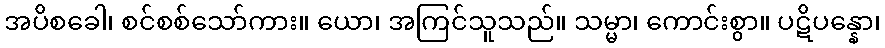
အပိစခေါ၊ စင်စစ်သော်ကား။ ယော၊ အကြင်သူသည်။ သမ္မာ၊ ကောင်းစွာ။ ပဋိပန္နော၊